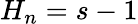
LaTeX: H_{n}=s-1